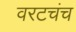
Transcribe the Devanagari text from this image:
वरटचंच